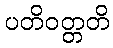
ပတိဝတ္တတိ